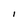
Character: i